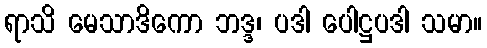
ရာသိ မေသာဒိကော ဘဒ္ဒ၊ ပဒါ ပေါဋ္ဌပဒါ သမာ။